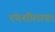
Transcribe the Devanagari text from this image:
पंचशीलाचा